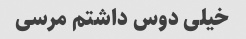
خیلی دوس داشتم مرسی